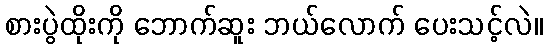
စားပွဲထိုးကို ဘောက်ဆူး ဘယ်လောက် ပေးသင့်လဲ။